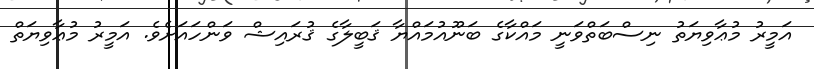
އަމީރު މުޢާވިޔަތު ނިސްބަތްވަނީ މައްކާގެ ބަނޫއުމައްޔާ ޤަބީލާގެ ޤުރައިޝް ވަންހައަށެވެ. އަމީރު މުޢާވިޔަތް